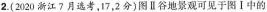
2.(2020浙江7月选考，17，2分)图Ⅱ谷地景观可见于图Ⅰ中的